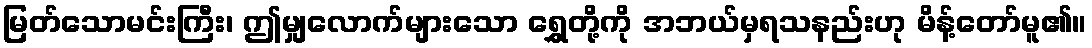
မြတ်သောမင်းကြီး၊ ဤမျှလောက်များသော ရွှေတို့ကို အဘယ်မှရသနည်းဟု မိန့်တော်မူ၏။